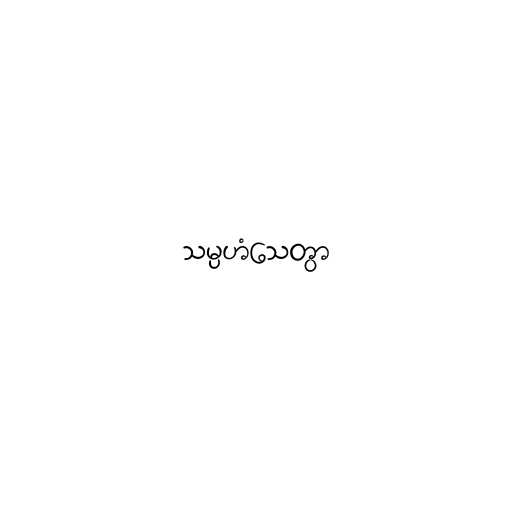
သမ္ပဟံသေတွာ